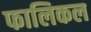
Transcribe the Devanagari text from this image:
फालिकल